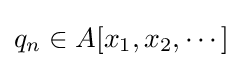
q_{n}\in A[x_{1},x_{2},\cdots ]